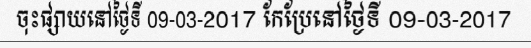
ចុះផ្សាយនៅថ្ងៃទី 09-03-2017 កែប្រែនៅថ្ងៃទី 09-03-2017